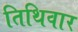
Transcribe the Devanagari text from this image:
तिथिवार